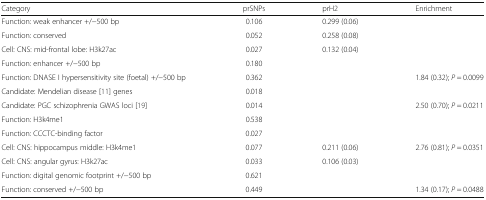
<table><thead><tr><td><b>Category</b></td><td><b>prSNPs</b></td><td><b>prH2</b></td><td><b>Enrichment</b></td></tr></thead><tbody><tr><td>Function: weak enhancer +/−500 bp</td><td>0.106</td><td>0.299 (0.06)</td><td>[EMPTY_CELL]</td></tr><tr><td>Function: conserved</td><td>0.052</td><td>0.258 (0.08)</td><td>[EMPTY_CELL]</td></tr><tr><td>Cell: CNS: mid-frontal lobe: H3k27ac</td><td>0.027</td><td>0.132 (0.04)</td><td>[EMPTY_CELL]</td></tr><tr><td>Function: enhancer +/−500 bp</td><td>0.180</td><td>[EMPTY_CELL]</td><td>[EMPTY_CELL]</td></tr><tr><td>Function: DNASE I hypersensitivity site (foetal) +/−500 bp</td><td>0.362</td><td>[EMPTY_CELL]</td><td>1.84 (0.32); <i>P</i> = 0.0099</td></tr><tr><td>Candidate: Mendelian disease [11] genes</td><td>0.018</td><td>[EMPTY_CELL]</td><td>[EMPTY_CELL]</td></tr><tr><td>Candidate: PGC schizophrenia GWAS loci [19]</td><td>0.014</td><td>[EMPTY_CELL]</td><td>2.50 (0.70); <i>P</i> = 0.0211</td></tr><tr><td>Function: H3k4me1</td><td>0.538</td><td>[EMPTY_CELL]</td><td>[EMPTY_CELL]</td></tr><tr><td>Function: CCCTC-binding factor</td><td>0.027</td><td>[EMPTY_CELL]</td><td>[EMPTY_CELL]</td></tr><tr><td>Cell: CNS: hippocampus middle: H3k4me1</td><td>0.077</td><td>0.211 (0.06)</td><td>2.76 (0.81); <i>P</i> = 0.0351</td></tr><tr><td>Cell: CNS: angular gyrus: H3k27ac</td><td>0.033</td><td>0.106 (0.03)</td><td>[EMPTY_CELL]</td></tr><tr><td>Function: digital genomic footprint +/−500 bp</td><td>0.621</td><td>[EMPTY_CELL]</td><td>[EMPTY_CELL]</td></tr><tr><td>Function: conserved +/−500 bp</td><td>0.449</td><td>[EMPTY_CELL]</td><td>1.34 (0.17); <i>P</i> = 0.0488</td></tr></tbody></table>